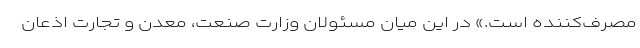
مصرف‌کننده است.» در این میان مسئولان وزارت صنعت، معدن و تجارت اذعان